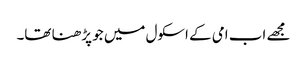
مجھے اب امی کے اسکول میں جو پڑھنا تھا۔